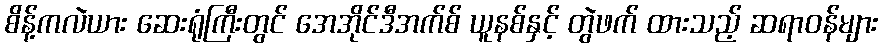
စိန့်ကလဲယား ဆေးရုံကြီးတွင် အေအိုင်ဒီအက်စ် ယူနစ်နှင့် တွဲဖက် ထားသည့် ဆရာဝန်များ